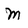
Character: M